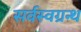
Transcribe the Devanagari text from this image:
सर्वस्वग्रन्थ